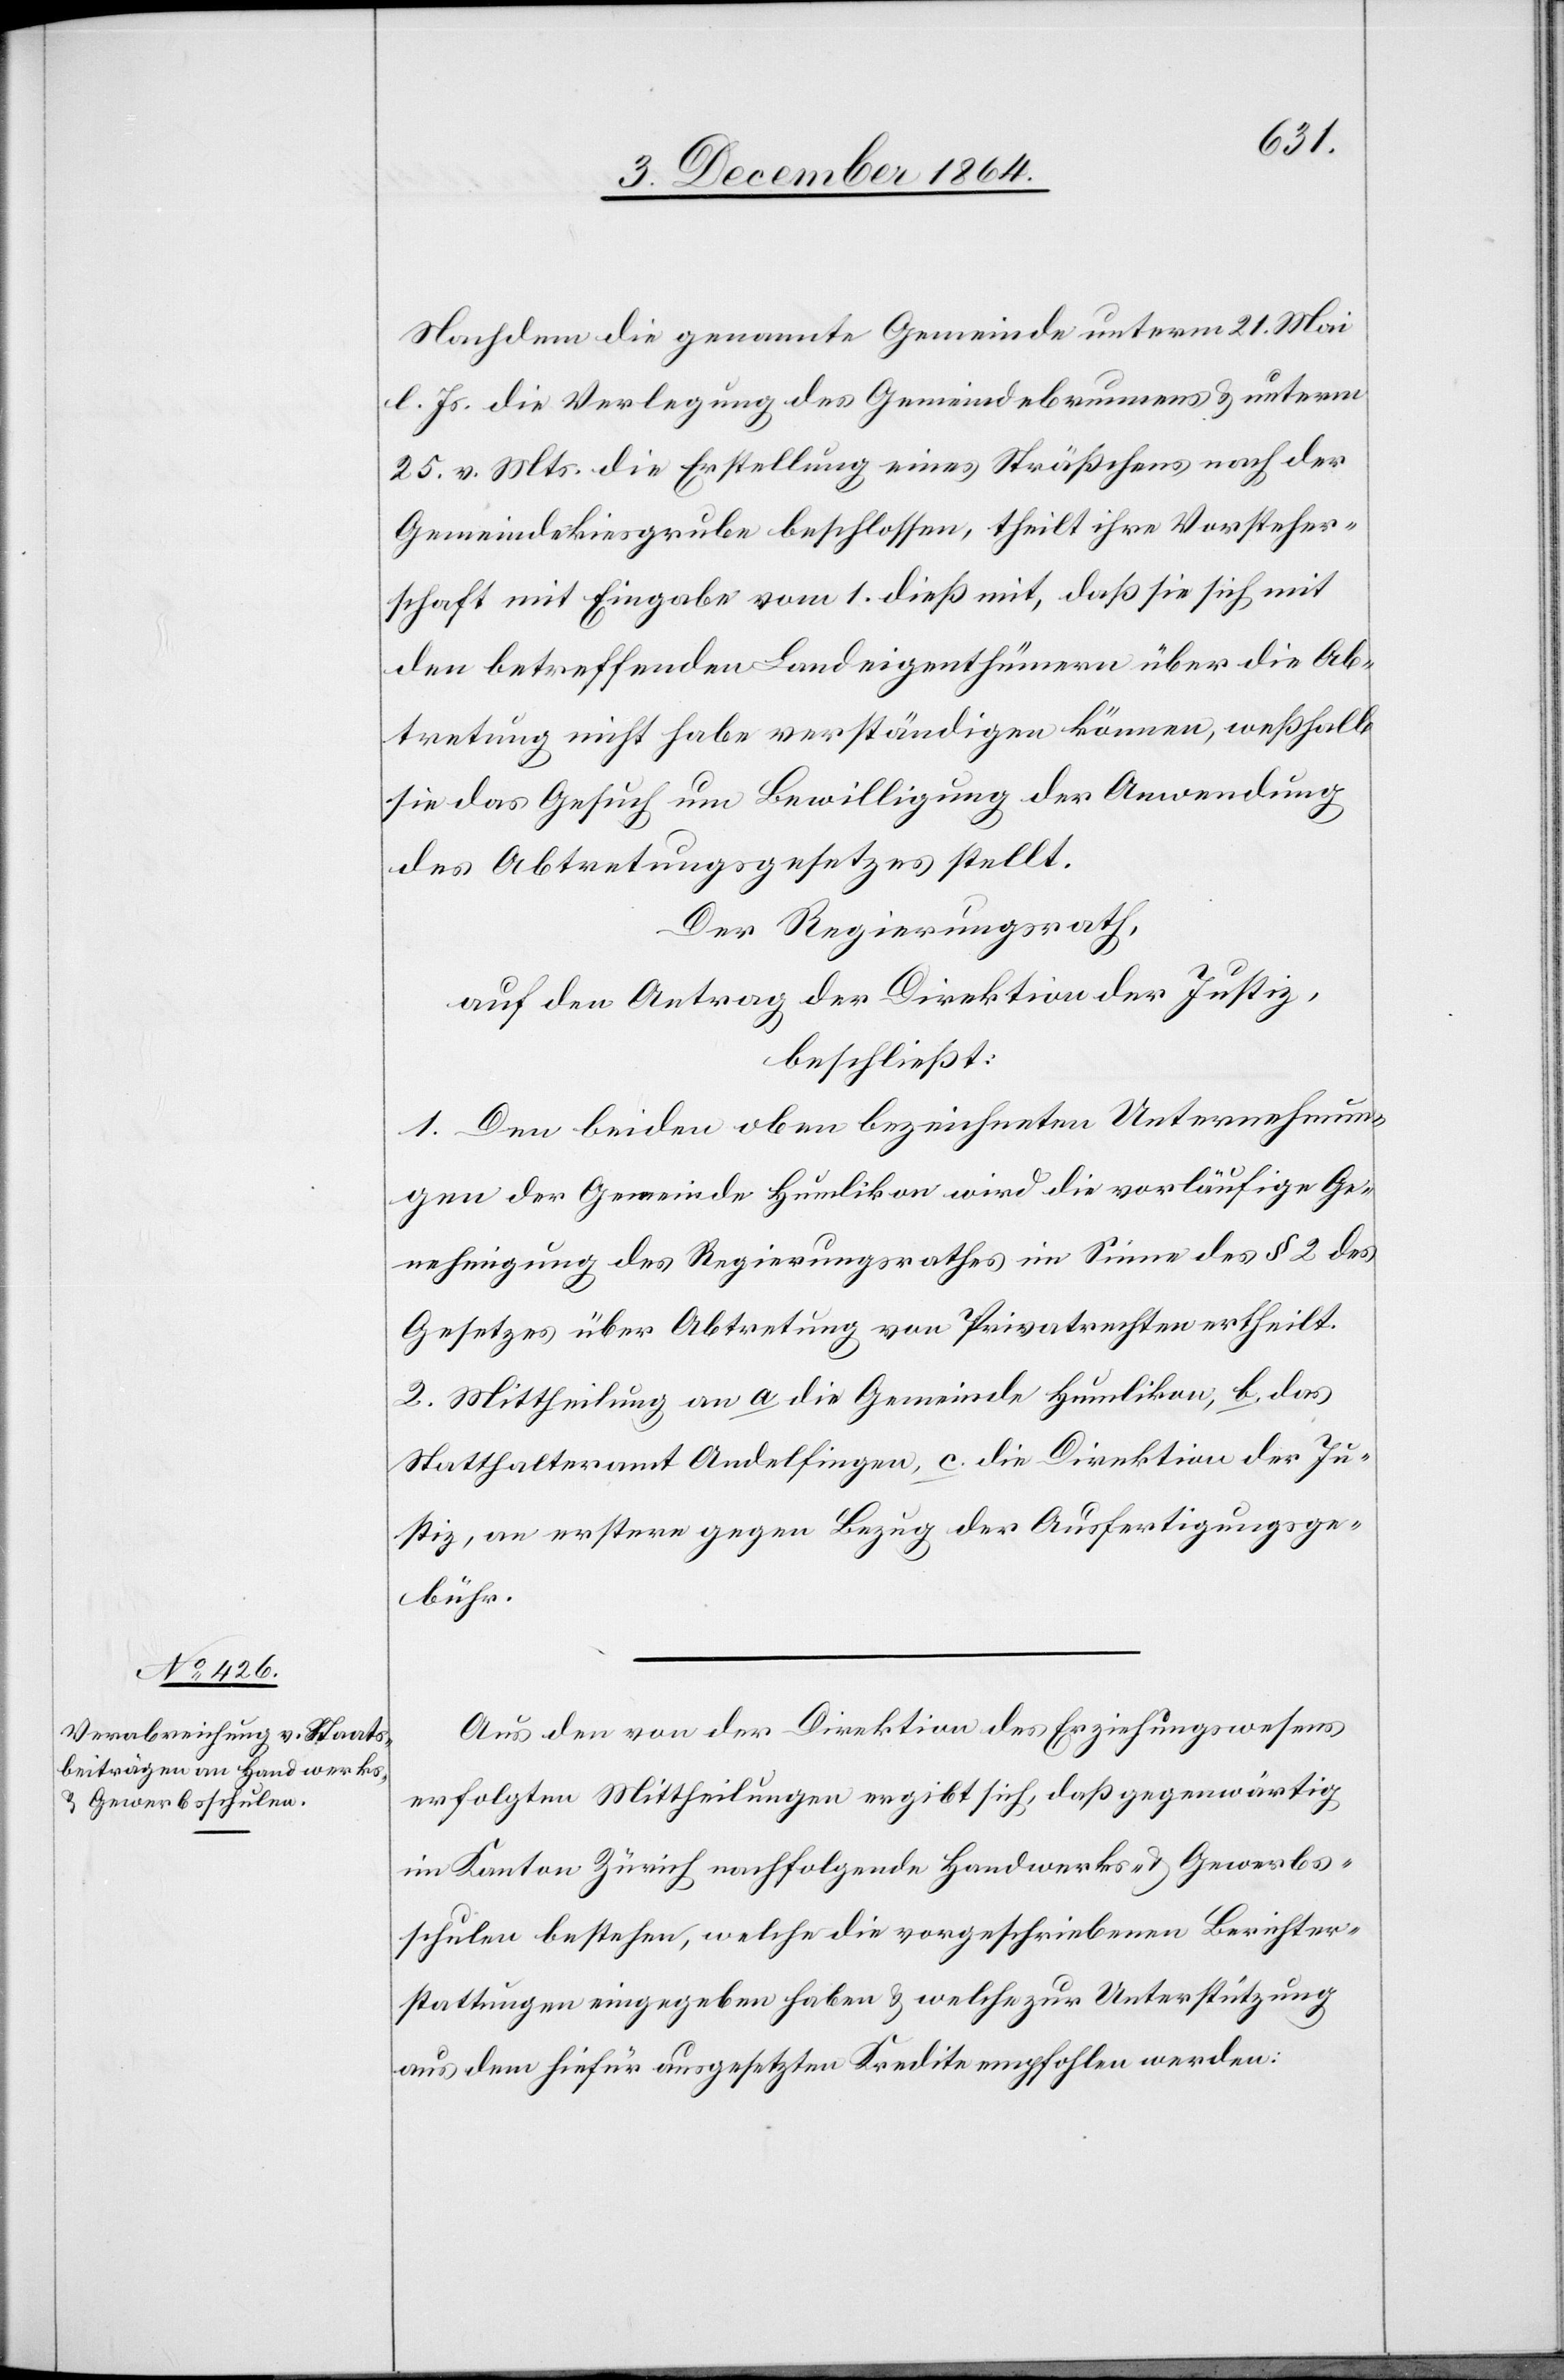
Stempelg¬
Nachdem die genannte Gemeinde unterm 21. Mai
l. Js. die Verlegung des Gemeindebrunnens & unterm
25. v. Mts. die Erstellung eines Sträßchens nach der
Gemeindekiesgrube beschlossen, theilt ihre Vorsteher¬
schaft mit Eingabe vom 1. dieß mit, daß sie sich mit
den betreffenden Landeigenthümern über die Ab¬
tretung nicht habe verständigen können, weßhalb
sie das Gesuch um Bewilligung der Anwendung
des Abtretungsgesetzes stellt.
Der Regierungsrath,
auf den Antrag der Direktion der Justiz,
beschließt:
1. Den beiden oben bezeichneten Unternehmun¬
gen der Gemeinde Humlikon wird die vorläufige Ge¬
nehmigung des Regierungsrathes im Sinne des § 2 des
Gesetzes über Abtretung von Privatrechten ertheilt.
2. Mittheilung an a. die Gemeinde Humlikon, b. das
Statthalteramt Andelfingen, c. die Direktion der Ju¬
stiz, an erstere gegen Bezug der Ausfertigungs-
ebühr.
Aus den von der Direktion des Erziehungswesens
erfolgten Mittheilungen ergibt sich, daß gegenwärtig
im Kanton Zürich nachfolgende Handwerks- & Gewerbs¬
schulen bestehen, welche die vorgeschriebenen Berichter¬
stattungen eingegeben haben & welche zur Unterstützung
aus dem hiefür ausgesetzten Kredite empfohlen werden: